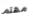
مهتم